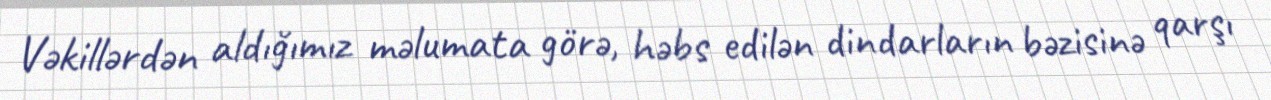
Vəkillərdən aldığımız məlumata görə, həbs edilən dindarların bəzisinə qarşı